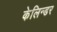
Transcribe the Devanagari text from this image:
केलिन्डर